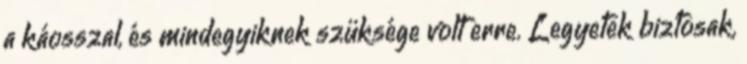
a káosszal, és mindegyiknek szüksége volt erre. Legyetek biztosak,